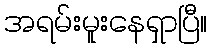
အရမ်းမူးနေရှာပြီ။